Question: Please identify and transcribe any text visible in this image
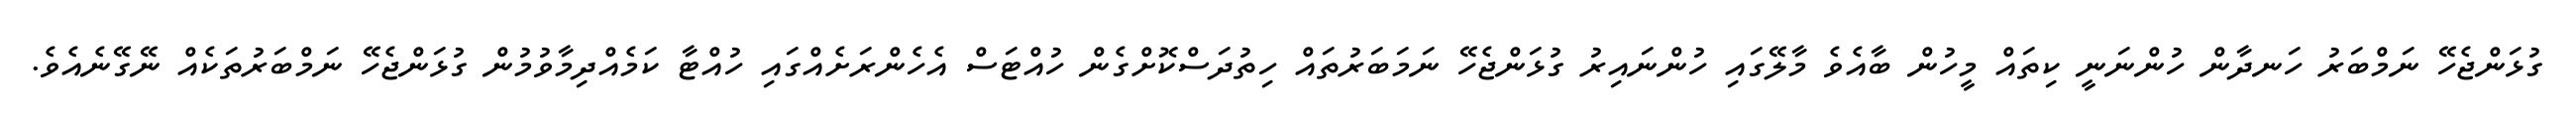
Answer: ގުޅަންޖެހޭ ނަމްބަރު ހަނދާން ހުންނަނީ ކިތައް މީހުން ބާއެވެ މާލޭގައި ހުންނައިރު ގުޅަންޖެހޭ ނަމަބަރުތައް ހިތުދަސްކޮށްގެން ހުއްޓަސް އެހެންރަށެއްގައި ހުއްޓާ ކަމެއްދިމާވުމުން ގުޅަންޖެހޭ ނަމްބަރުތަކެއް ނޭގޭނެއެވެ.